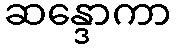
ဆန္ဒောကာ